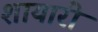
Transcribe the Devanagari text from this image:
शायारी